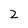
Character: 2